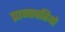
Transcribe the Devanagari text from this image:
प्रान्तपतियो